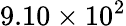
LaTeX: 9.10\times 10^{2}